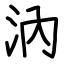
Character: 汭